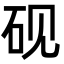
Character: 砚